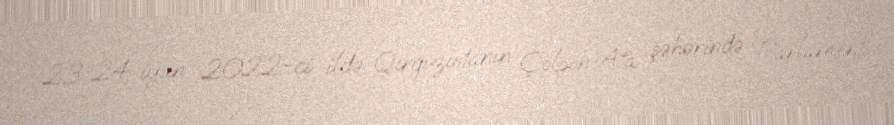
23-24 iyun 2022-ci ildə Qırğızıstanın Çolpon-Ata şəhərində “Parlament